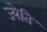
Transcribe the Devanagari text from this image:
ज्येति